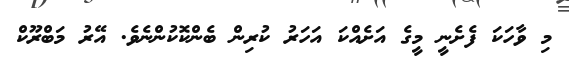
މި ވާހަކަ ފެށެނީ މީގެ އަށެއްކަ އަހަރު ކުރިން ބެންކޮކުންނެވެ. އޭރު މަބްރޫކް